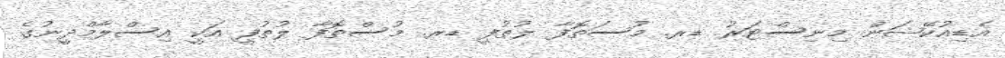
އެޑިއުކޭޝަން މިނިސްޓަރު ޑރ. މުސަތޮފާ ލުތުފީ ޑރ. މުސްތޮފާ ލުތުފީ އަކީ އިސްލާމްދީނުގެ